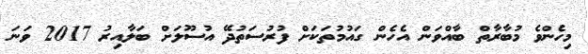
މިހެންވެ މުބާރާތް ބާއްވަން އެހެން ގައުމުތަކަށް ފުރުސަތުދޭ އުސޫލަށް ބަލާއިރު 2017 ވަނަ